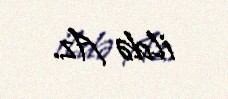
ildə Az.